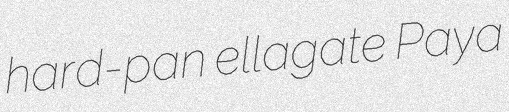
hard-pan ellagate Paya